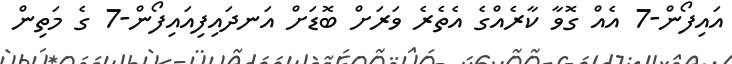
އައިފޯން-7 އެއް ގޮވާ ކާރެއްގެ އެތެރެ ވަރަށް ބޮޑަށް އަނދައިފިއައިފޯން-7 ގެ މަތިން